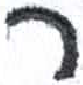
אות: ר